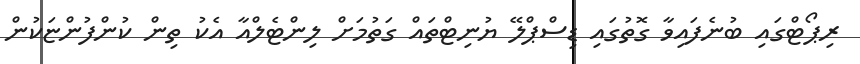
ރިޕޯޓްގައި ބުނެފައިވާ ގޮތުގައި ޑިސްޕްލޭ ޔުނިޓްތައް ގަތުމަށް ލިންޓެލްއާ އެކު ތިން ކުންފުންޏަކުން